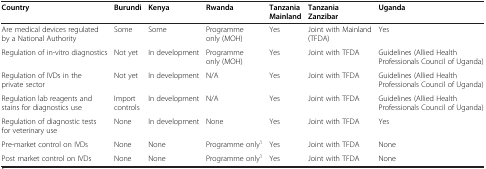
<table><thead><tr><td><b>Country</b></td><td><b>Burundi</b></td><td><b>Kenya</b></td><td><b>Rwanda</b></td><td><b>Tanzania Mainland</b></td><td><b>Tanzania Zanzibar</b></td><td><b>Uganda</b></td></tr></thead><tbody><tr><td>Are medical devices regulated by a National Authority</td><td>Some</td><td>Some</td><td>Programme only (MOH)</td><td>Yes</td><td>Joint with Mainland (TFDA)</td><td>Yes</td></tr><tr><td>Regulation of in-vitro diagnostics</td><td>Not yet</td><td>In development</td><td>Programme only (MOH)</td><td>Yes</td><td>Joint with TFDA</td><td>Guidelines (Allied Health Professionals Council of Uganda)</td></tr><tr><td>Regulation of IVDs in the private sector</td><td>Not yet</td><td>In development</td><td>N/A</td><td>Yes</td><td>Joint with TFDA</td><td>Guidelines (Allied Health Professionals Council of Uganda)</td></tr><tr><td>Regulation lab reagents and stains for diagnostics use</td><td>Import controls</td><td>In development</td><td>N/A</td><td>Yes</td><td>Joint with TFDA</td><td>Guidelines (Allied Health Professionals Council of Uganda)</td></tr><tr><td>Regulation of diagnostic tests for veterinary use</td><td>None</td><td>In development</td><td>None</td><td>Yes</td><td>Joint with TFDA</td><td>Yes</td></tr><tr><td>Pre-market control on IVDs</td><td>None</td><td>None</td><td>Programme only<sup>1</sup></td><td>Yes</td><td>Joint with TFDA</td><td>None</td></tr><tr><td>Post market control on IVDs</td><td>None</td><td>None</td><td>Programme only<sup>1</sup></td><td>Yes</td><td>Joint with TFDA</td><td>None</td></tr></tbody></table>